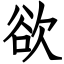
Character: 欲